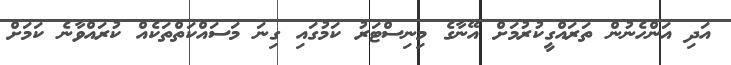
އަދި އަންހެނުން ތަރައްގީކުރުމަށް އޭނާގެ މިނިސްޓަރު ކަމުގައި ގިނަ މަސައްކަތްތަކެއް ކުރައްވާނެ ކަމަށް